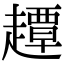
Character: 𧽼